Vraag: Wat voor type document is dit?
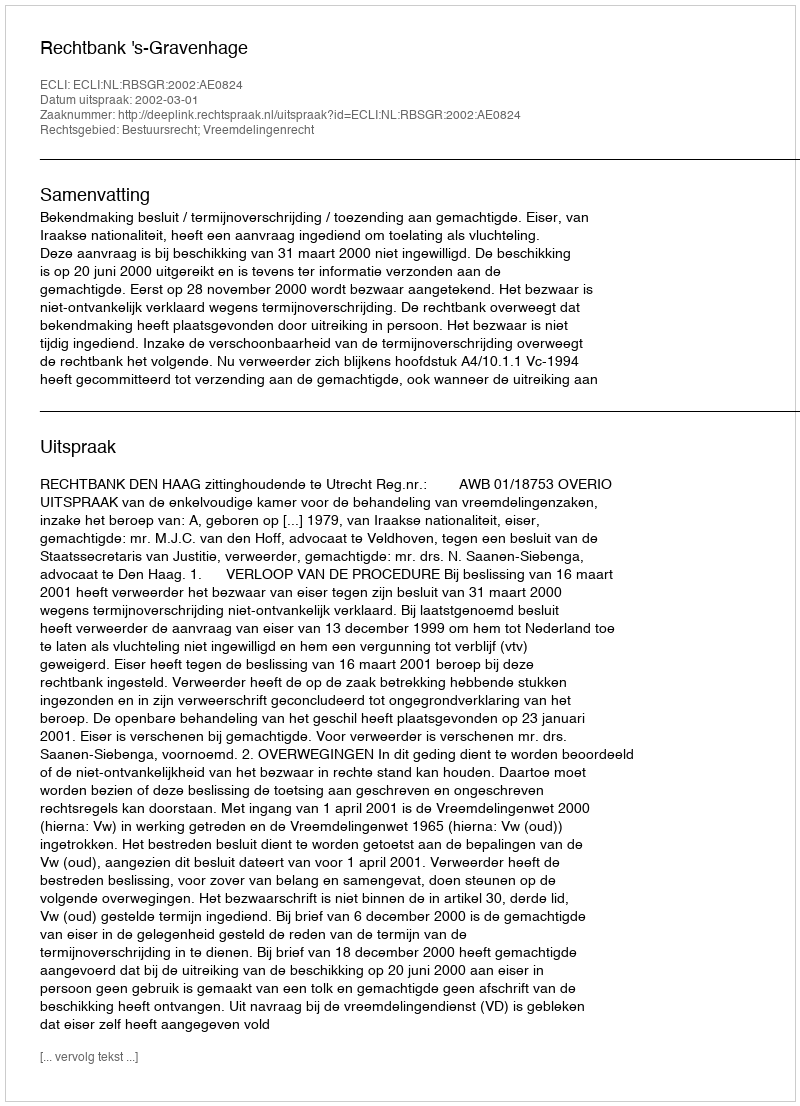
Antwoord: Uitspraak